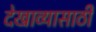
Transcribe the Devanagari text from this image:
देखाव्यासाठी